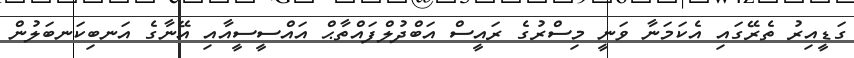
ގަޑީއިރު ތެރޭގައި އެކަމަނާ ވަނީ މިސްރުގެ ރައީސް އަބްދުލްފައްތާޙް އައްސީސީއާއި އޭނާގެ އަނބިކަނބަލުން